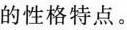
的性格特点